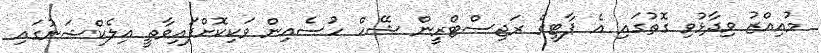
މުއިއްޒު ވިދާޅުވި ގޮތުގައި އެ ޕާޓީގެ ރަޖިސްޓްރީން ޝޭހް ހުސެއިން ވަކިކޮށްފައިވާތީ އިލެކްޝަނުގައި